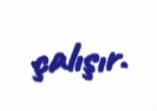
çalışır.